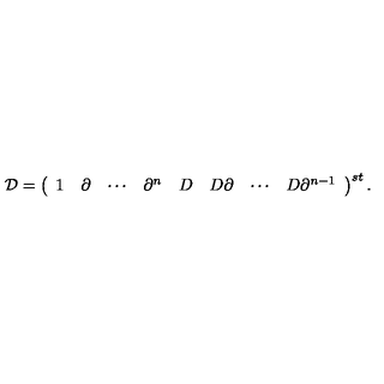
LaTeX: { \cal D } = \left( \begin{array} { c c c c c c c c } { 1 } & { \partial } & { \cdots } & { \partial ^ { n } } & { D } & { D \partial } & { \cdots } & { D \partial ^ { n - 1 } } \\ \end{array} \right) ^ { s t } .